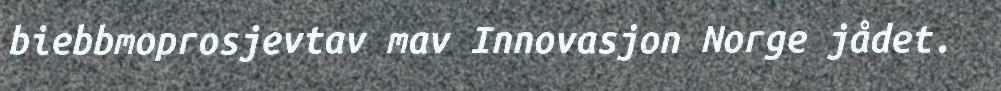
biebbmoprosjevtav mav Innovasjon Norge jådet.